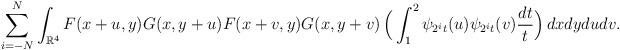
LaTeX: \begin{align*}\sum_{i=-N}^N \int_{\mathbb{R}^4} F(x+u,y)G(x,y+u)F(x+v,y)G(x,y+v) \,\Big( \int_{1}^{2} \psi_{2^i t} (u) \psi_{2^i t} (v) \frac{dt}{t} \Big) \,dxdydudv.\end{align*}